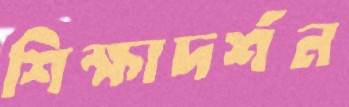
শিক্ষাদর্শন